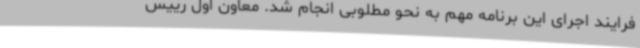
فرایند اجرای این برنامه مهم به نحو مطلوبی انجام شد. معاون اول رییس